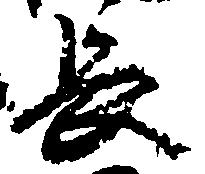
長